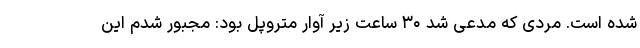
شده است. مردی که مدعی شد ۳۰ ساعت زیر آوار متروپل بود: مجبور شدم این